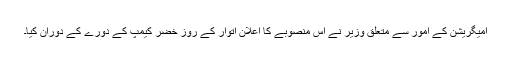
امیگریشن کے امور سے متعلق وزیر نے اس منصوبے کا اعلان اتوار کے روز خضر کیمپ کے دورے کے دوران کیا۔